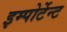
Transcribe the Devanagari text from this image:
इम्पोर्टेन्ट